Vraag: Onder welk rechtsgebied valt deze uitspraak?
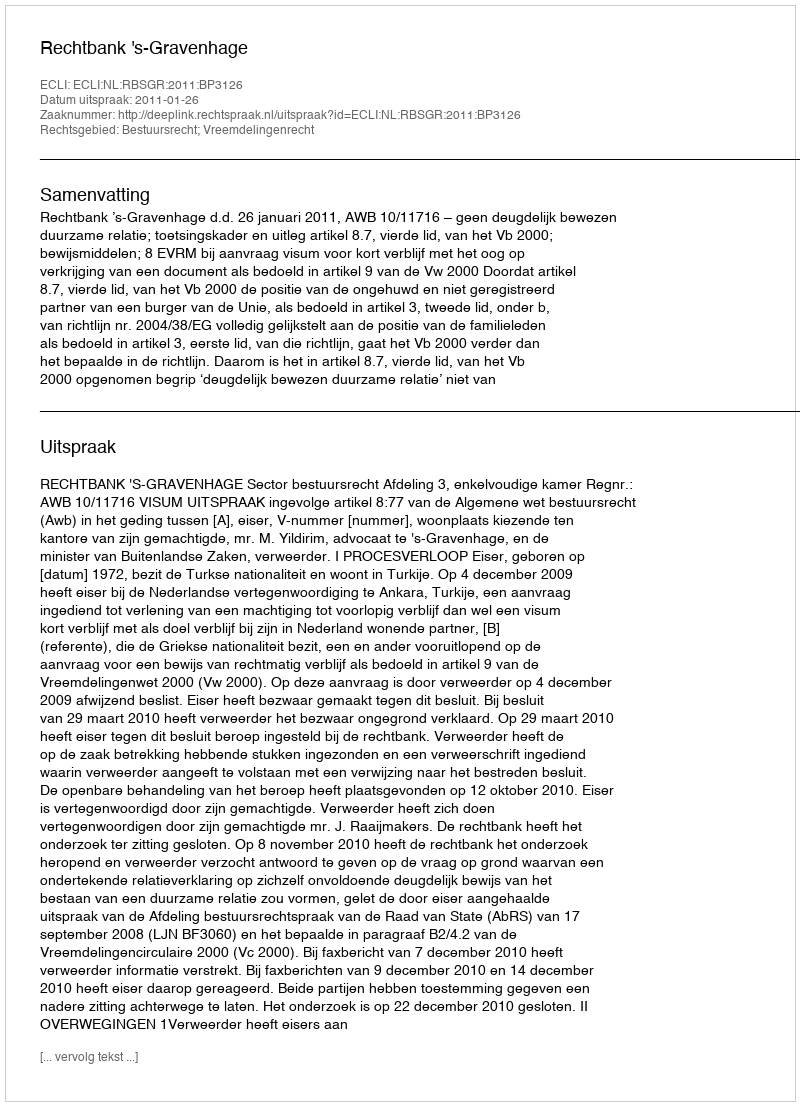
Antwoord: Bestuursrecht; Vreemdelingenrecht